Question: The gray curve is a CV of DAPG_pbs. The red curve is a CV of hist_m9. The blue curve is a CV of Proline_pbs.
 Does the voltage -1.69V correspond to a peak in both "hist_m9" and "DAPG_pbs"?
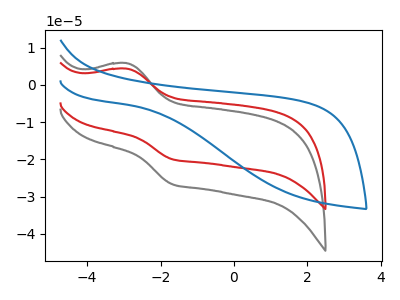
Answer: <think>The gray curve "DAPG_pbs" has an anodic peak at (-2.90V, 5.85uA) and a cathodic peak at (-1.70V, -26.60uA). The red curve "hist_m9" has an anodic peak at (-2.90V, 4.40uA) and a cathodic peak at (-1.70V, -19.90uA). The blue curve "Proline_pbs" has no peaks.</think>
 <answer>Yes, "hist_m9" and "DAPG_pbs" share a peak at -1.69V.</answer>
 <eval>match</eval>